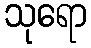
သုရော